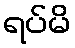
ရပ်မိ